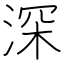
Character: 深